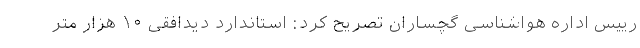
رییس اداره هواشناسی گچساران تصریح کرد: استاندارد دیدافقی ۱۰ هزار متر